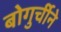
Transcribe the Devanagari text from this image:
बोगुर्चीने